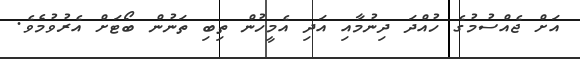
އަށް ޖެއްސުމުގެ ހުއްދަ ދިނުމާއި އަދި އެމީހުން ތިބި ތަނުން ބޯޓަށް އެރުވުމެވެ.